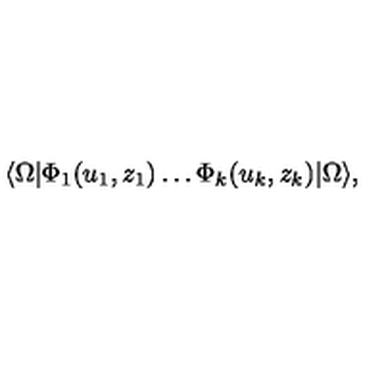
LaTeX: \langle \Omega | \Phi _ { 1 } ( u _ { 1 } , z _ { 1 } ) \ldots \Phi _ { k } ( u _ { k } , z _ { k } ) | \Omega \rangle ,